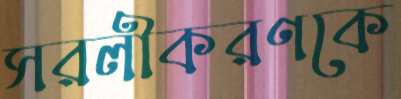
সরলীকরণকে